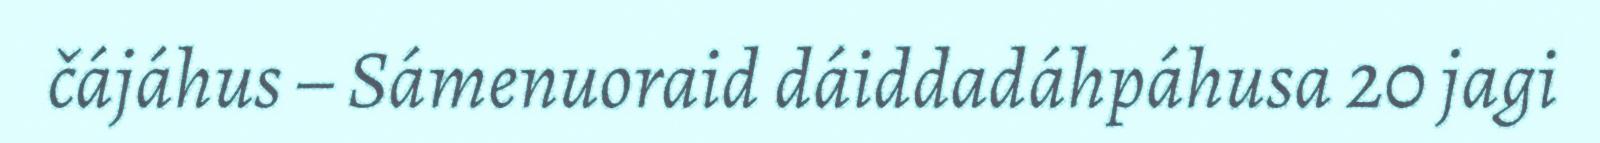
čájáhus – Sámenuoraid dáiddadáhpáhusa 20 jagi